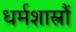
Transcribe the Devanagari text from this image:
धर्मशास्त्रौं